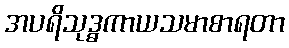
အပရိသုဒ္ဓကာယသမာစာရတာ